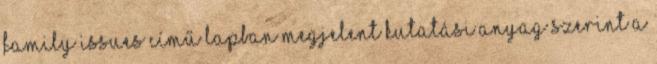
Family Issues című lapban megjelent kutatási anyag szerint a